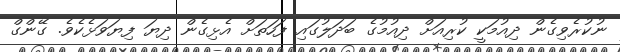
ނުކުރެވިގެން ދިއުމަކީ ކުރިއަށް ދިއުމުގެ ބަދަލުގައި ފަހަތަށް އެޅިގެން ދިޔަ ފިޔަވަޅެކެވެ. ގޭންގް